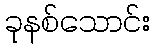
ခုနစ်သောင်း